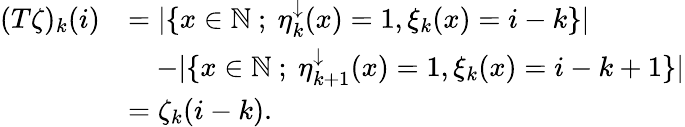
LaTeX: \begin{array}{rl}{(T\zeta)_{k}(i)}&{=|\{ x\in{\mathbb{N}}\ ;\ \eta_{k}^{\downarrow}(x)=1,\xi_{k}(x)=i-k\} |}\\ &{\quad-|\{ x\in{\mathbb{N}}\ ;\ \eta_{k+1}^{\downarrow}(x)=1,\xi_{k}(x)=i-k+1\} |}\\ &{=\zeta_{k}(i-k).}\end{array}